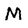
Character: M